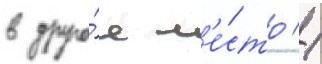
в друго́е м'е́сто //